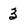
Character: 3